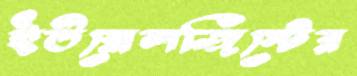
ইউরোলজিস্টের